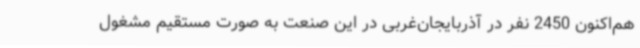
هم‌اکنون 2450 نفر در آذربایجان‌غربی در این صنعت به صورت مستقیم مشغول